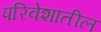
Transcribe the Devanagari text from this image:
परिवेशातील